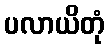
ပလာယိတုံ